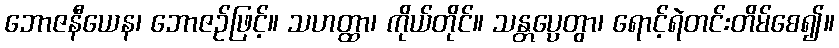
ဘောဇနီယေန၊ ဘောဇဉ်ဖြင့်။ သဟတ္ထာ၊ ကိုယ်တိုင်။ သန္တပ္ပေတွာ၊ ရောင့်ရဲတင်းတိမ်စေ၍။